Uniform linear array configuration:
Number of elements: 16
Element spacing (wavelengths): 0.5
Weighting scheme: binomial
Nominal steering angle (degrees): -15
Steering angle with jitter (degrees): -15.698
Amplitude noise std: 0.05
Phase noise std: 0.05

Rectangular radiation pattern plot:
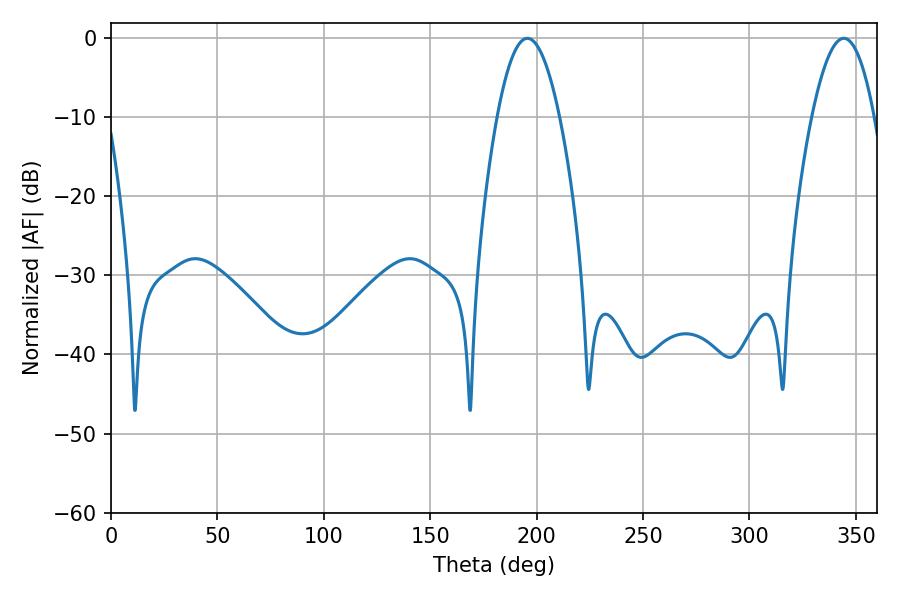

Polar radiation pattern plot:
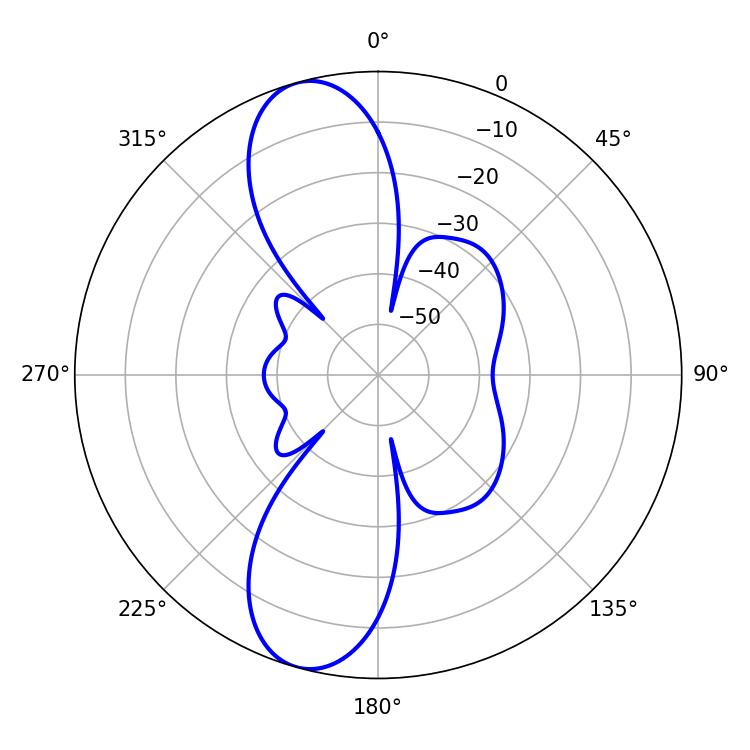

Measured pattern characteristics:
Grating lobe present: FALSE
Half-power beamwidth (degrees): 16.02
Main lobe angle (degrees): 195.66